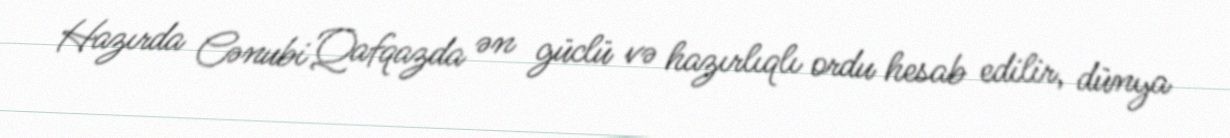
Hazırda Cənubi Qafqazda ən güclü və hazırlıqlı ordu hesab edilir, dünya